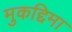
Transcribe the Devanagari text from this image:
मुकद्दिमा